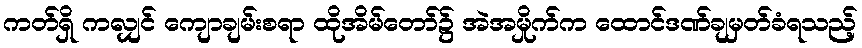
ကတ်ရှိ ကလျှင် ကျောချမ်းစရာ ထိုအိမ်တော်၌ အဲအမှိုက်က ထောင်ဒဏ်ချမှတ်ခံရသည့်